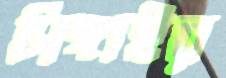
সিঙ্গাইর